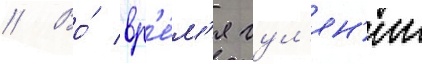
// Во́ вр'е́м'я гул'ян'ии